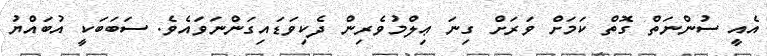
އެއީ ސުންނަތް ގޮތް ކަމަށް ވަރަށް ގިނަ ޢިލްމުވެރިން ދެކިވަޑައިގަންނަވައެވެ. ސަބަބަކީ އުބައްޔު